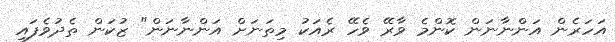
އަހަރެން އަންނާނަން ކޮންމެ ވާރޭ ވެހޭ ރެއަކު މިތަނަށް އަންނާނަން" ޒުކަން ތެދުވެފައި